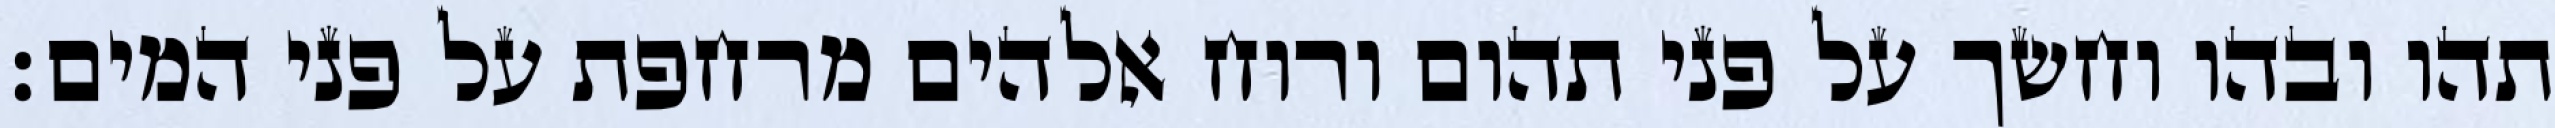
תהו ובהו וחשך על פני תהום ורוח אלהים מרחפת על פני המים׃